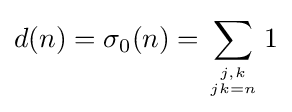
d(n)=\sigma _{0}(n)=\sum _{j,k \atop jk=n}1